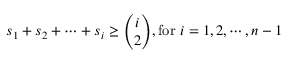
s _ { 1 } + s _ { 2 } + \cdots + s _ { i } \geq { \binom { i } { 2 } } , { \mathrm { f o r ~ } } i = 1 , 2 , \cdots , n - 1